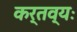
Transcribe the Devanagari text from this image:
कर्तव्यः